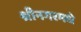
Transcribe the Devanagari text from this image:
श्रीनगरमधे